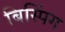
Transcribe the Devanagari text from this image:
बिस्पिंग